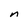
Character: n